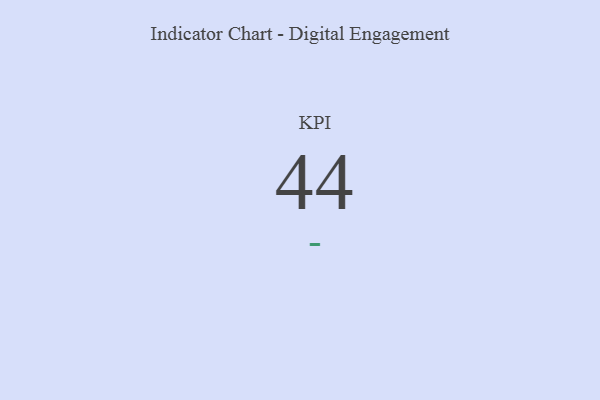
{"axis": {"x": "KPI", "y": "Value"}, "legend": [""], "data": [{"x": "KPI", "y": 44, "type": ""}]}